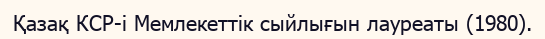
Қазақ КСР-і Мемлекеттік сыйлығын лауреаты (1980).